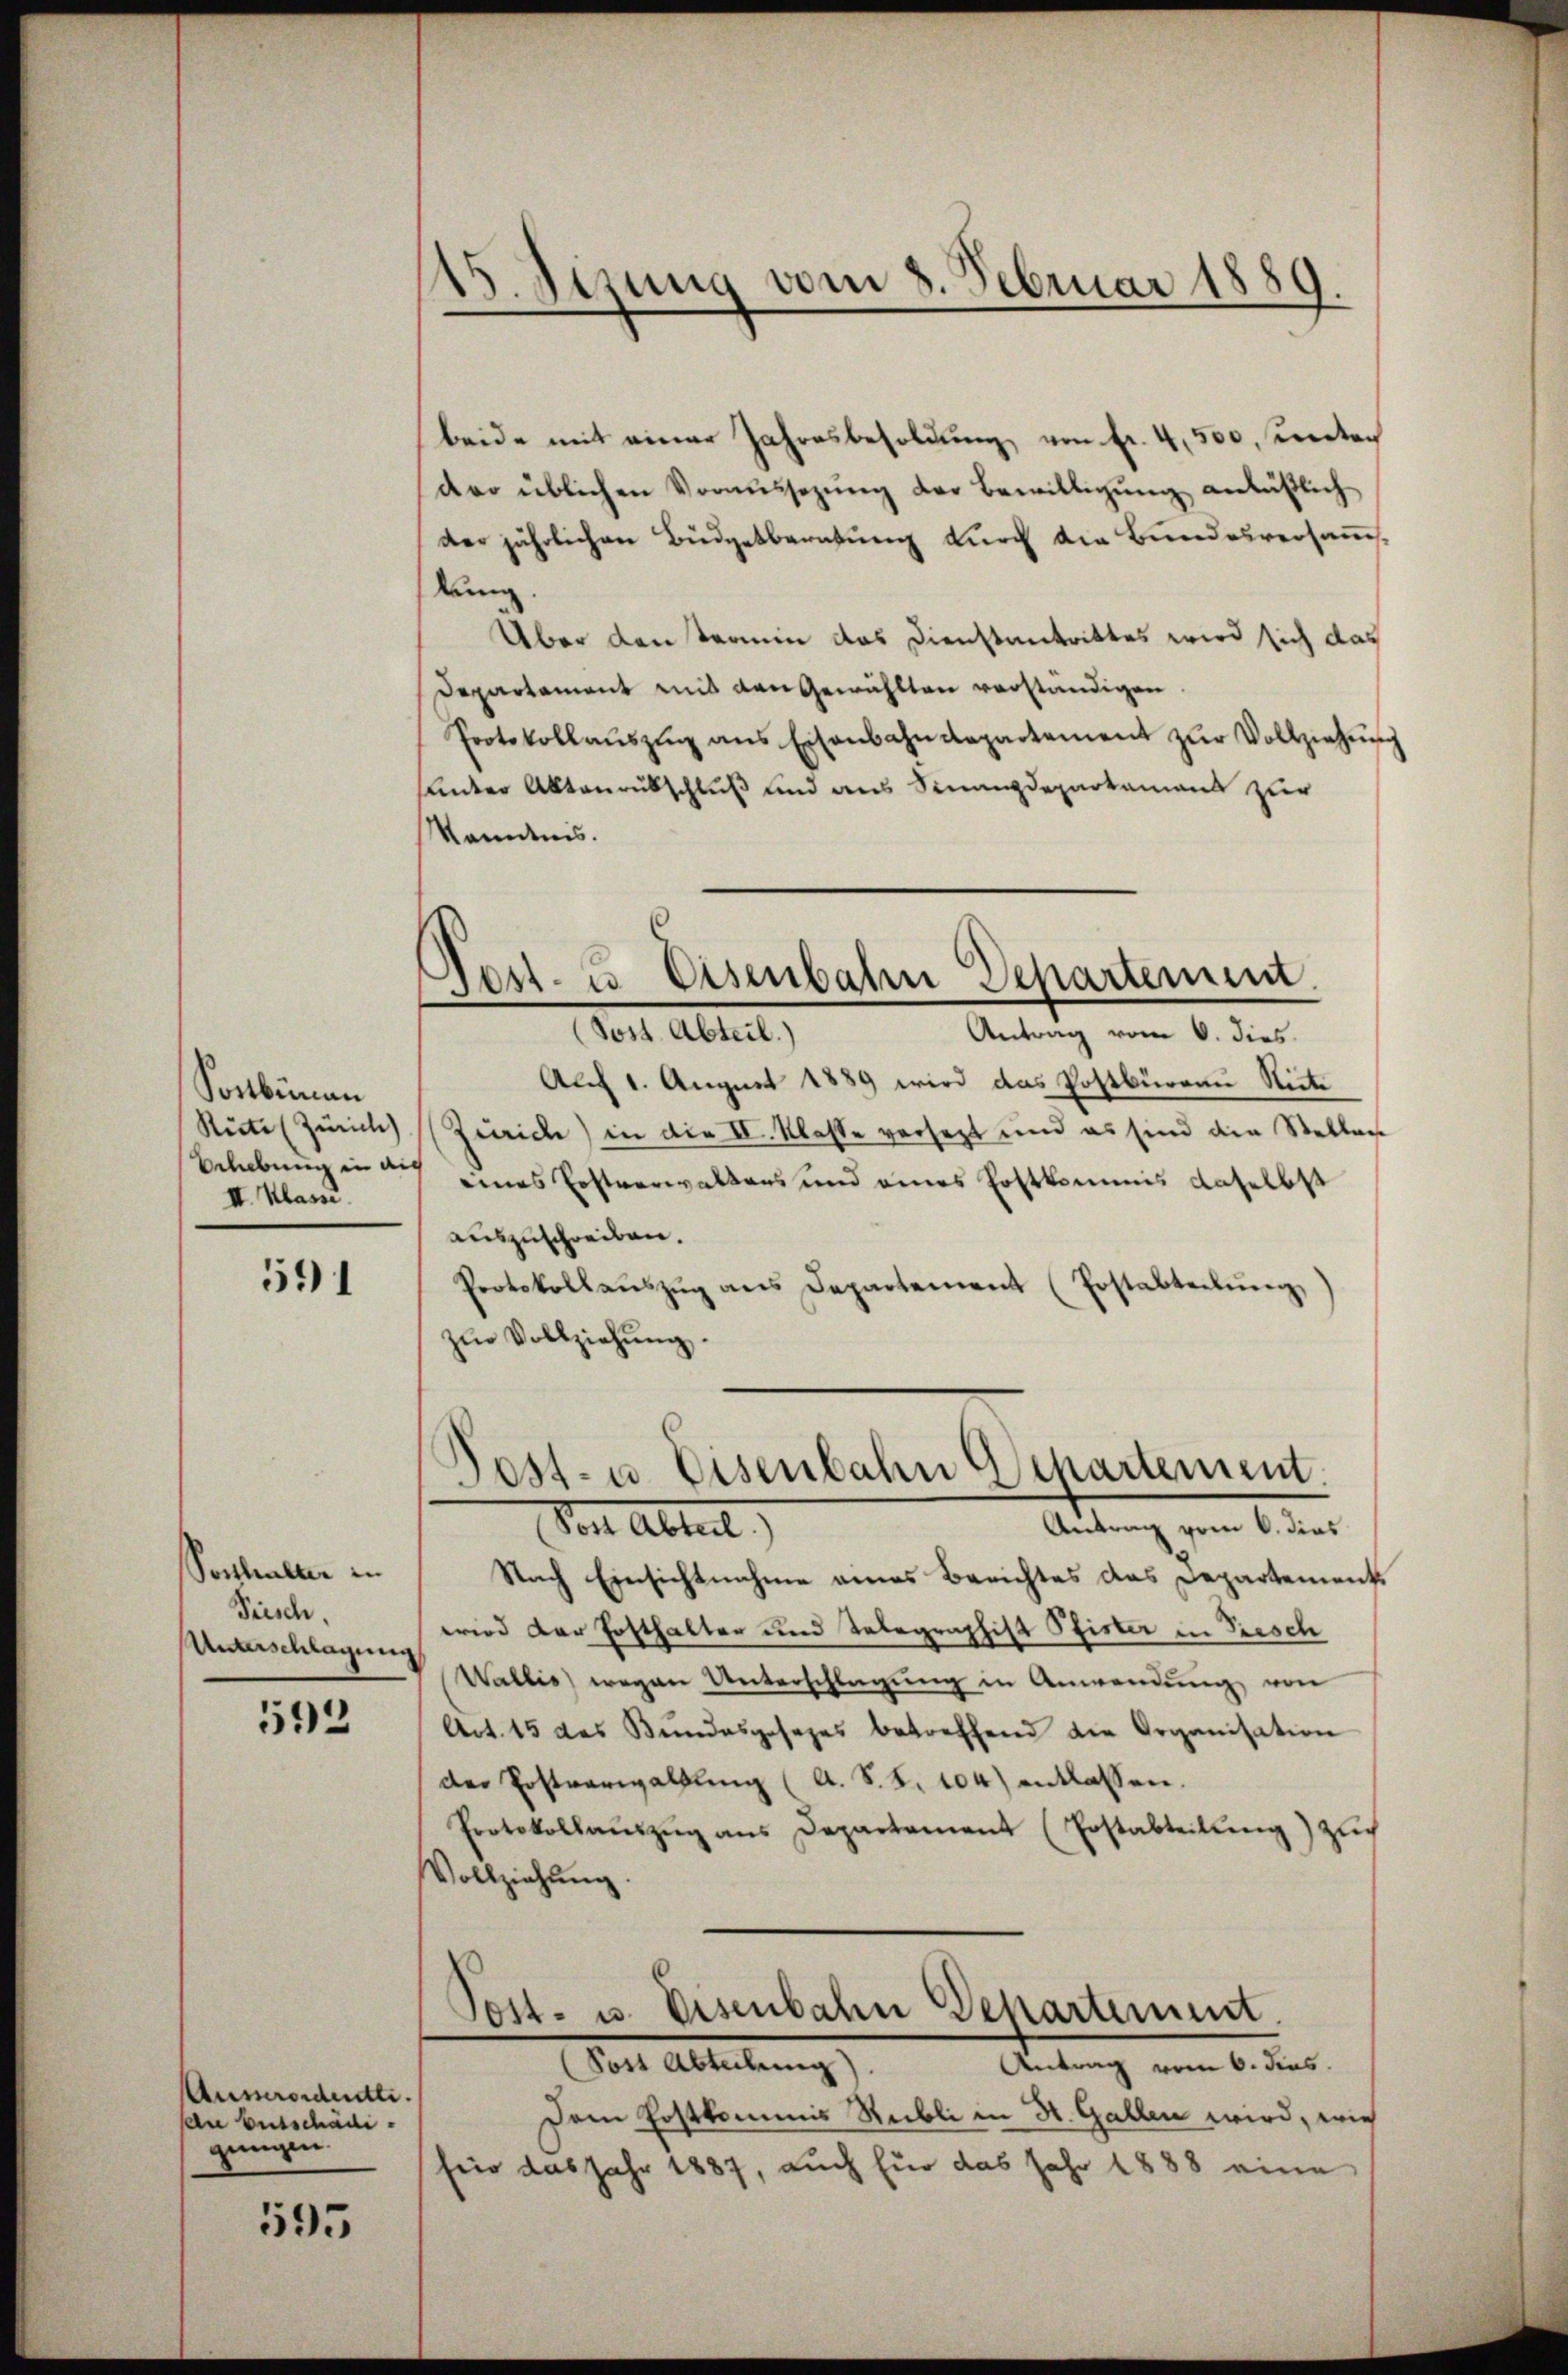
Soctbiman
Reite (Zürich)
Belebung in auch
II. Klasse.

591

Posthalter in
Prisch,
Unterschlagung

592

Ausserordentli
dn Entschädi
gungen.

595

15. Jezung vom 8. Februar 1889.

beide mit einer Jahresbesoldung, von fr. 4,500, unter
der üblichen Voraŭssezŭng der Bewilligŭng anläβlich
der jährlichen Büdgetberatung durch die Bundesversams
lung.
Über den Termin das Dienstantrittes wird sich das
Departament mit den Gewählten verständigen.
Protokollaŭszŭg ans Eisenbahndepartement zŭr Vollziehŭng
nder Aktenrutschluß und aus Finanzdepartament zur
Kanntnis.

Nest- & Eisenbahn Departement.

(Sost. Abteil.)
Antrag vom 6. dies
Auf 1. August 1889 wird das Postbüreau Riete
Zürich) in die II. Klasse versetzt und es sind die Stellen
eines Erstverwaltens und eines Hoftkommis daselbst
auszuschreiben.
Protokollaŭszŭg ans Departement (Erstabteilŭng,
zŭr Vollziehŭng.

Post- u. Eisenbahn Departement
Antrag vom 6. dies
Von Abteil

Nach Einsichtnahme eines Berichtes das Departement
wrid der Posthalter und Telegraphist Pfister in Presch
Wallis) wegen Unterschlagung in Anwendung von
Act. 15 des Bŭndesgesezes betreffend die Organisation
der Postverwaltung (A. S. S. 104) entlassen.
Protokollaŭszŭg ans Departement (Erstabteilŭng) zŭch
Vollziehŭng.
Post- u. Eisenbahn Departement.
(Post Abteilung)
Antrag vom 6. das
Dem Erstkommis Reibli in St. Gallen wird, wie
frio das Jahr 1887, auch für das Jahr 1888 eine